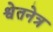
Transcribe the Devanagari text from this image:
श्वेतनेत्र